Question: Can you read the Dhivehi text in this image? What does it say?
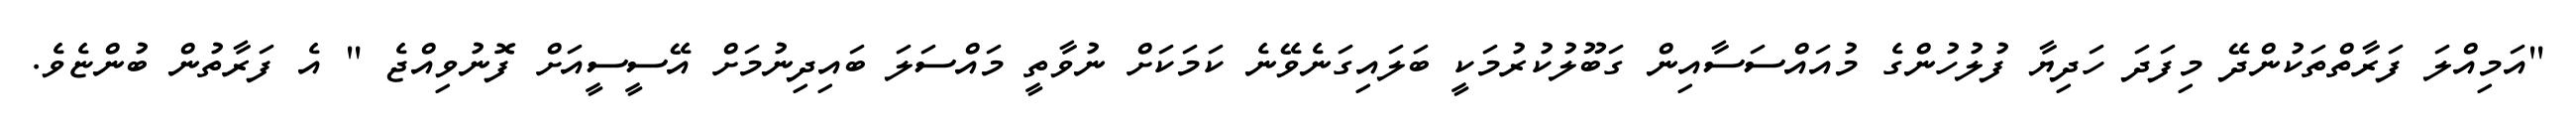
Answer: "އަމިއްލަ ފަރާތްތަކުންދޭ މިފަދަ ހަދިޔާ ފުލުހުންގެ މުއައްސަސާއިން ގަބޫލުކުރުމަކީ ބަލައިގަނެވޭނެ ކަމަކަށް ނުވާތީ މައްސަލަ ބައިދިނުމަށް އޭސީސީއަށް ފޮނުވިއްޖެ " އެ ފަރާތުން ބުންޏެވެ.